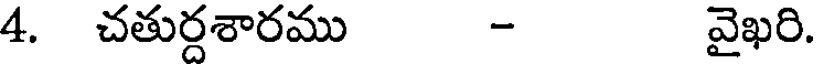
4. చతుర్దశారము - వైఖరి.